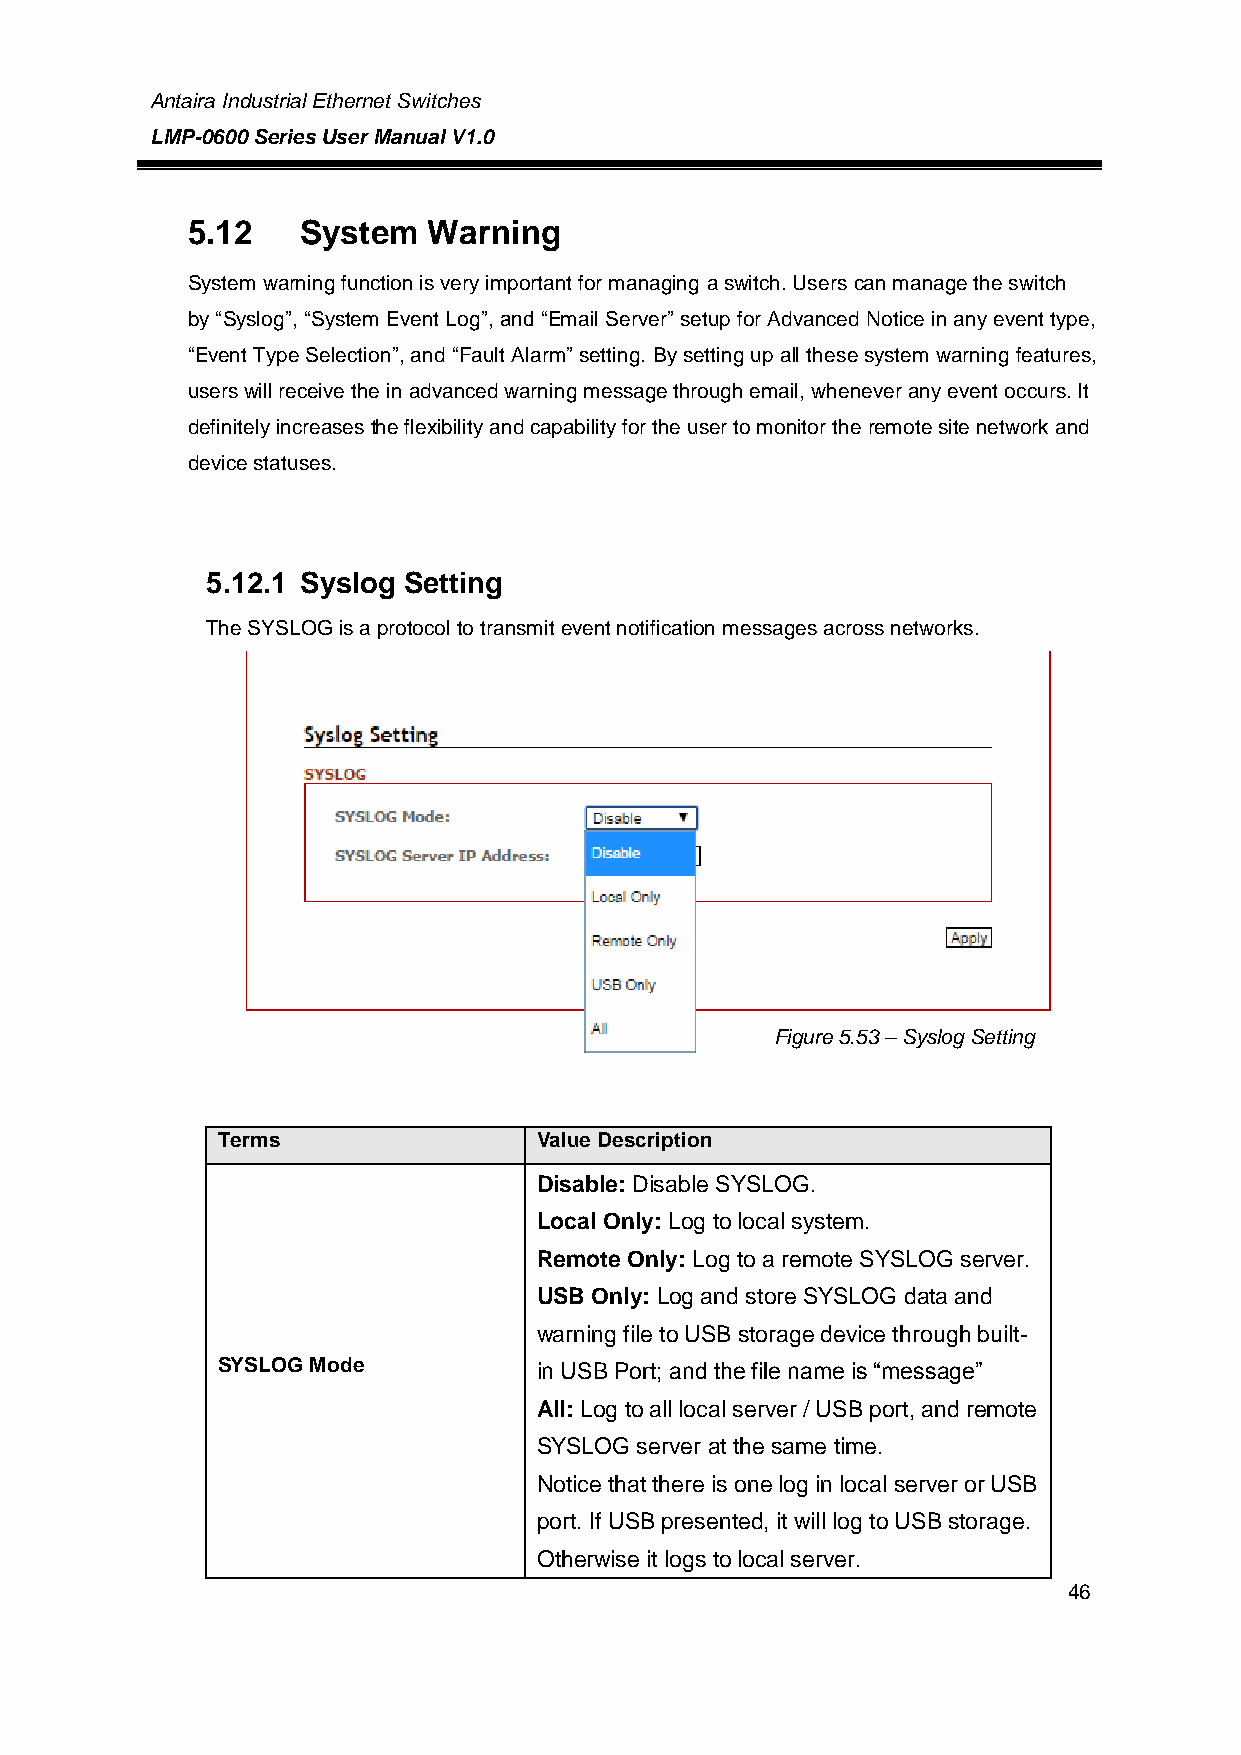
Antaira Industrial Ethernet Switches
 LMP-0600 Series User Manual V1.0
 5.12    System  Warning
 System warning function is very important for managing a switch. Users can manage the switch
 by “Syslog”, “System Event Log”, and “Email Server” setup for Advanced Notice in any event type,
 “Event Type Selection”, and “Fault Alarm” setting. By setting up all these system warning features,
 users will receive the in advanced warning message through email, whenever any event occurs. It
 definitely increases the flexibility and capability for the user to monitor the remote site network and
 device statuses.
 5.12.1 Syslog Setting
 The SYSLOG is a protocol to transmit event notification messages across networks.
 Figure 5.53 – Syslog Setting
 interface
 Terms                 Value Description
 Disable: Disable SYSLOG.
 Local Only: Log to local system.
 Remote Only: Log to a remote SYSLOG server.
 USB Only: Log and store SYSLOG data and
 warning file to USB storage device through built-
 SYSLOG Mode           in USB Port; and the file name is “message”
 All: Log to all local server / USB port, and remote
 SYSLOG server at the same time.
 Notice that there is one log in local server or USB
 port. If USB presented, it will log to USB storage.
 Otherwise it logs to local server.
 46